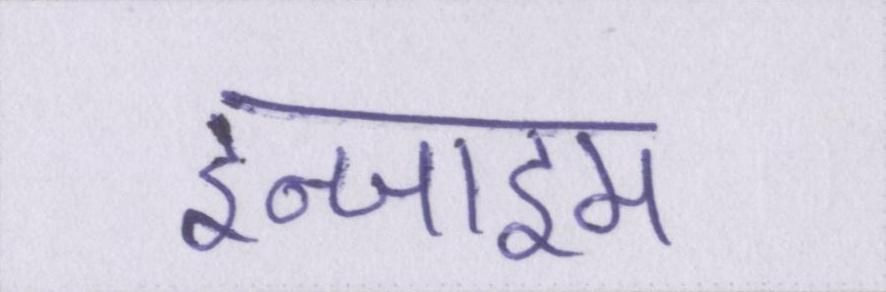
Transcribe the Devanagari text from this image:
इन्जाइम